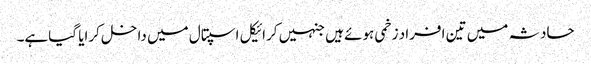
حادثہ میں تین افراد زخمی ہوئے ہیں جنہیں کرائیکل اسپتال میں داخل کرایا گیاہے۔